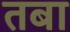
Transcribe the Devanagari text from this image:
तबा